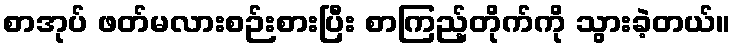
စာအုပ် ဖတ်မလားစဉ်းစားပြီး စာကြည့်တိုက်ကို သွားခဲ့တယ်။